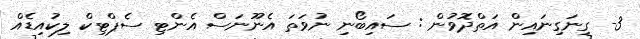
3- ގިނަގިނައިން އަތްދޮވުން : ސައިބޯނި ނުވަތަ އެނޫނަސް އެންޓި ސެޕްޓިކް ލިކުއިޑެއް